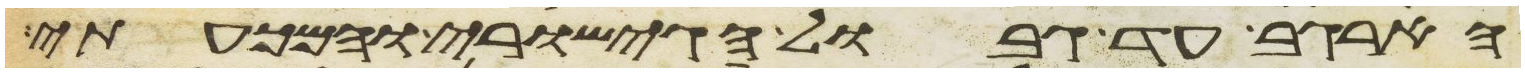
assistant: הארגב עד גבול הגישורי והמכעתי